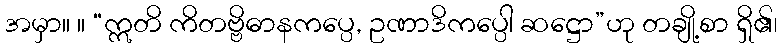
အမှာ။ ။ “ဣတိ ကိတဗ္ဗိဓာနကပ္ပေ, ဥဏာဒိကပ္ပေါ ဆဋ္ဌော”ဟု တချို့စာ ရှိ၏၊